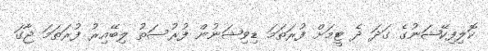
ކޮލިފިކޭޝަނުގެ ގަދަ ދެ ޓީމަށް ފުރަތަމަ ޑިވިޝަނުން ފުރުސަތު ލިބޭއިރު ފުރަތަމަ ޖާގަ